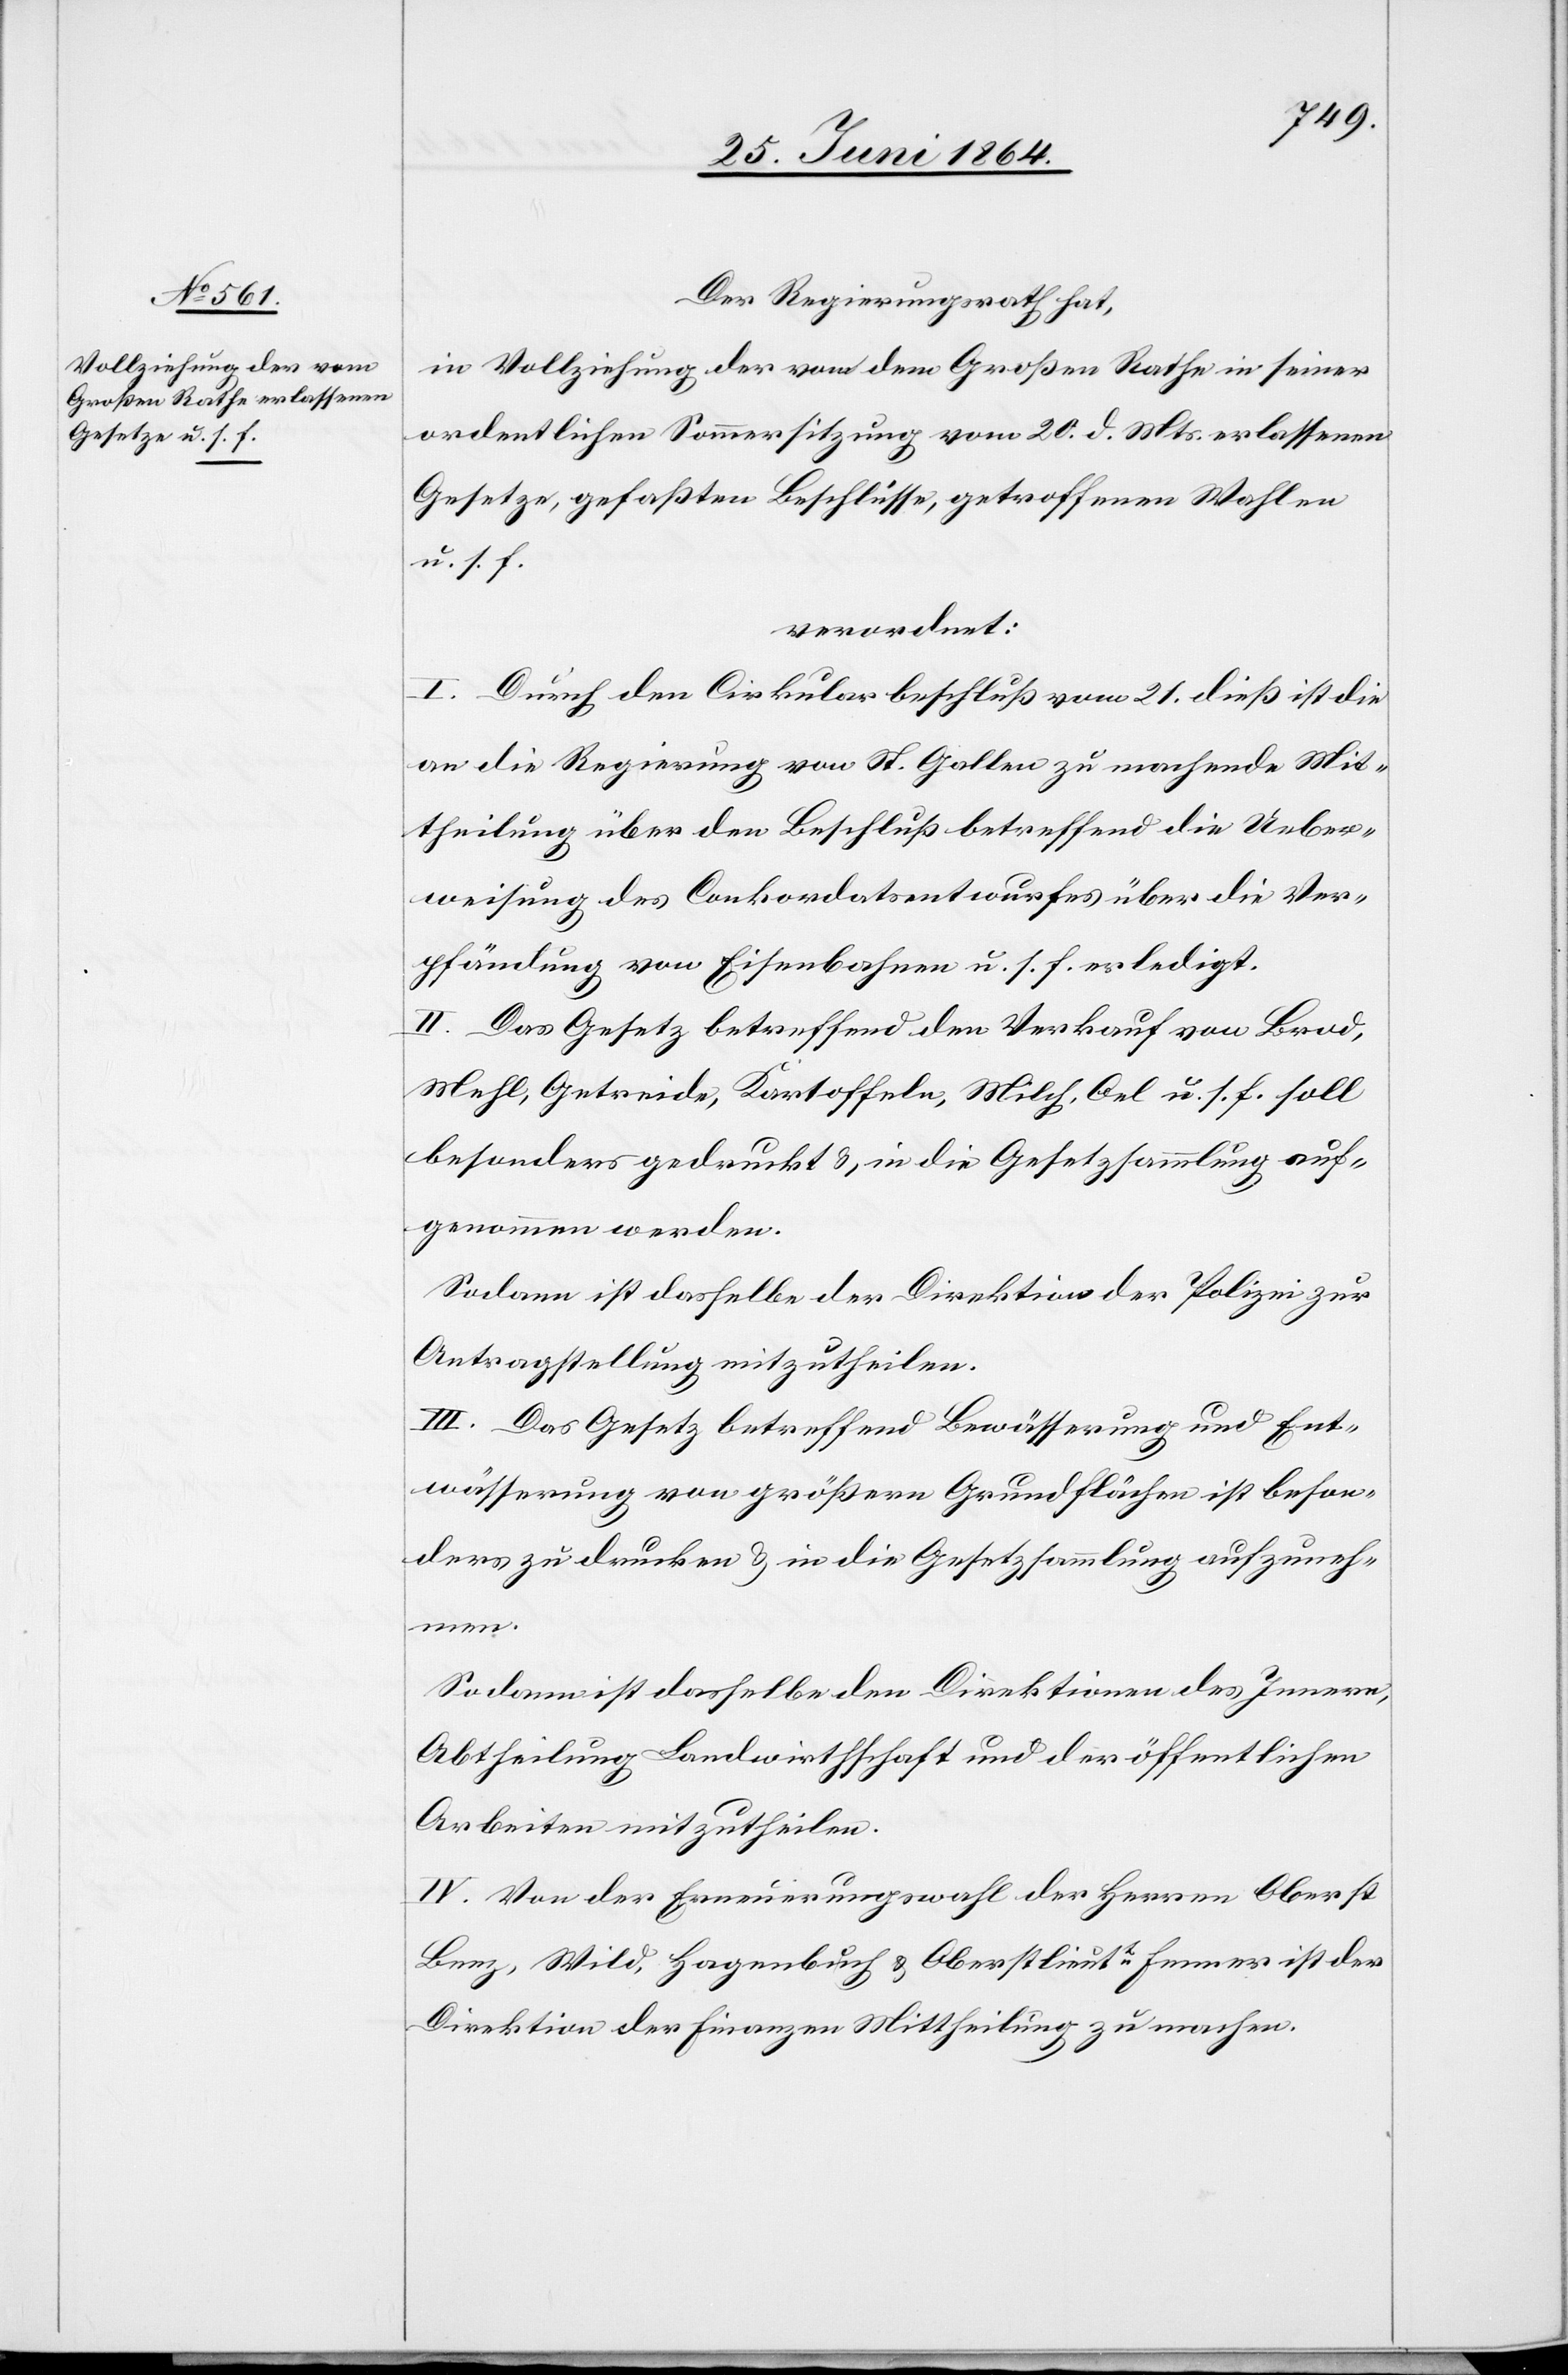
Der Regierungsrath hat,
in Vollziehung der von dem Großen Rathe in seiner
ordentlichen Sommersitzung vom 20. d. Mts. erlassenen
Gesetze, gefaßten Beschlüsse, getroffenen Wahlen
u. s. f.
verordnet:
I. Durch den Cirkularbeschluß vom 21. dieß ist die
an die Regierung von St. Gallen zu machende Mit¬
theilung über den Beschluß betreffend die Ueber¬
weisung des Conkordatsentwurfes über die Ver¬
pfändung von Eisenbahnen u. s. f. erledigt.
II. Das Gesetz betreffend den Verkauf von Brod,
Mehl, Getreide, Kartoffeln, Milch, Oel u. s. f. soll
besonders gedruckt u., in die Gesetzsammlung auf¬
genommen werden.
Sodann ist dasselbe der Direktion der Polizei zur
Antragstellung mitzutheilen.
III. Das Gesetz betreffend Bewässerung und Ent¬
wässerung von größern Grundflächen ist beson¬
ders zu drucken u. in die Gesetzsammlung aufzuneh¬
men.
Sodann ist dasselbe den Direktionen des Innern,
Abtheilung Landwirtschaft und der öffentlichen
Arbeiten mitzutheilen.
IV. Von der Erneuerungswahl der Herren Oberst
Benz, Wild, Hagenbuch u. Oberstlieutt Furrer ist der
Direktion der Finanzen Mittheilung zu machen.